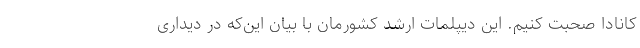
کانادا صحبت کنیم. این دیپلمات ارشد کشورمان با بیان این‌که در دیداری